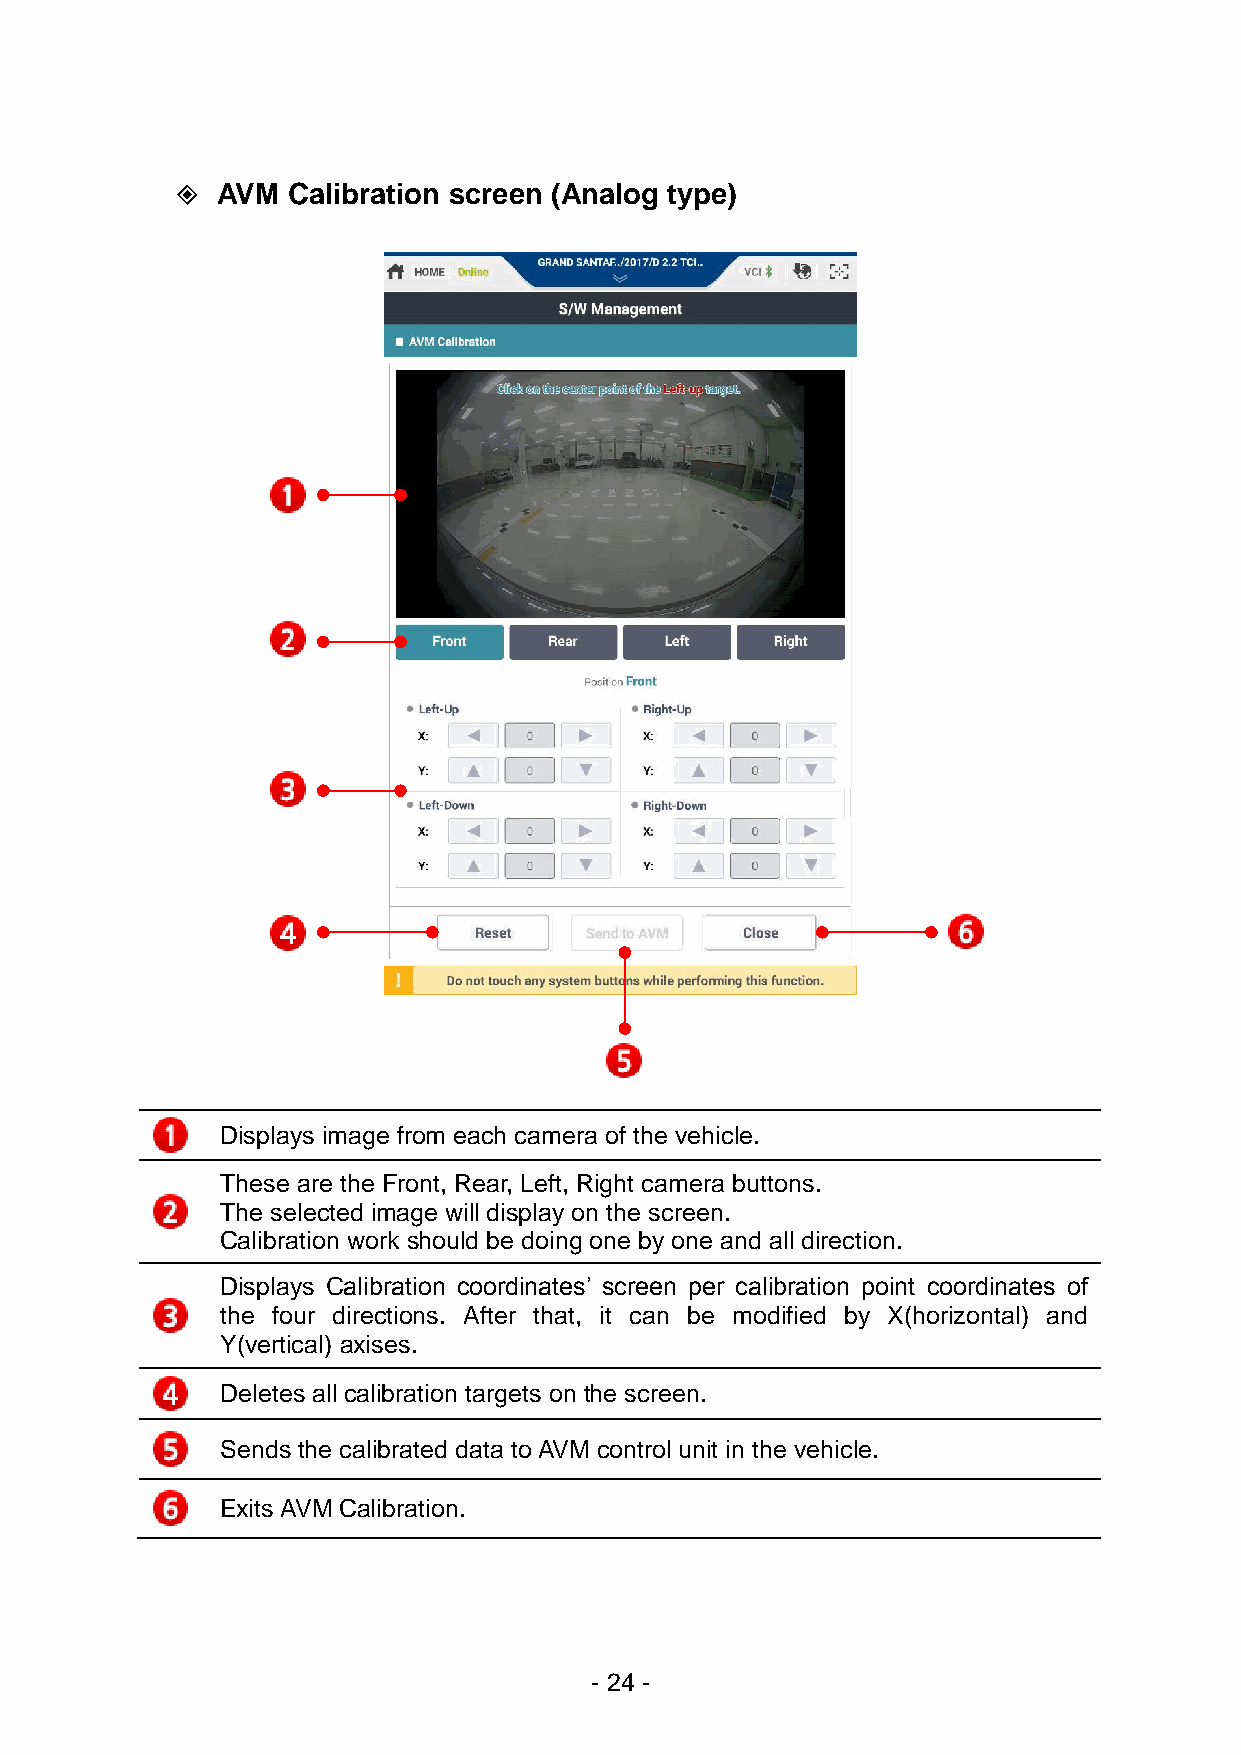
 AVM  Calibration screen (Analog type)
 Displays image from each camera of the vehicle.
 These are the Front, Rear, Left, Right camera buttons.
 The selected image will display on the screen.
 Calibration work should be doing one by one and all direction.
 Displays Calibration coordinates’ screen per calibration point coordinates of
 the four directions. After that, it can be modified by X(horizontal) and
 Y(vertical) axises.
 Deletes all calibration targets on the screen.
 Sends the calibrated data to AVM control unit in the vehicle.
 Exits AVM Calibration.
 - 24 -